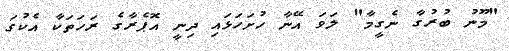
"މޫނު ބުރުގާ ނެގީމާ" ލަވަ އޭނާ ހުށަހަޅައި ދިނީ އޮޕެރާގެ ރަހަތަކާ އެކުގަ